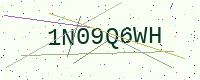
Text: 1N09Q6WH